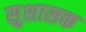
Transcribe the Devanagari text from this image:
सुशासक